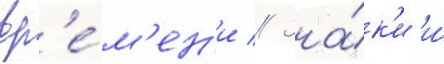
вр'е́м'ен'и // Зна́к'и и́